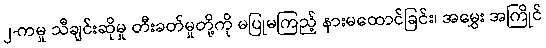
၂-ကမှု သီချင်းဆိုမှု တီးခတ်မှုတို့ကို မပြုမကြည့် နားမထောင်ခြင်း၊ အမွှေး အကြိုင်